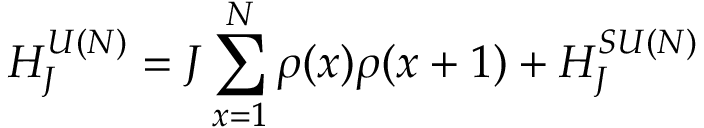
H _ { J } ^ { U ( { \cal N } ) } = J \sum _ { x = 1 } ^ { N } \rho ( x ) \rho ( x + 1 ) + H _ { J } ^ { S U ( { \cal N } ) }